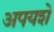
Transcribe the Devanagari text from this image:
अपयशे